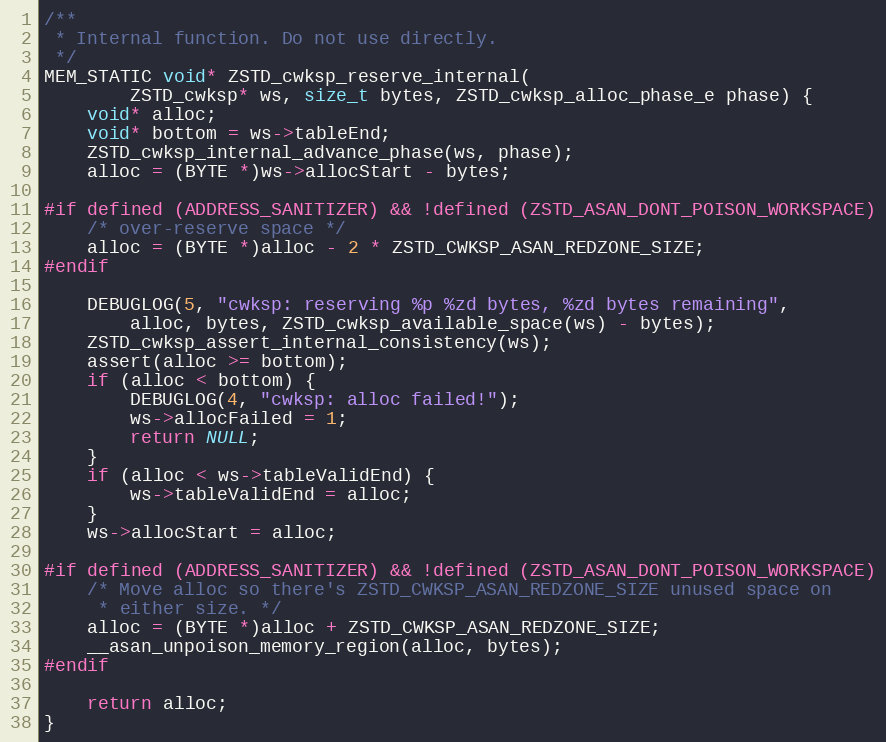
Language: C
/**
 * Internal function. Do not use directly.
 */
MEM_STATIC void* ZSTD_cwksp_reserve_internal(
        ZSTD_cwksp* ws, size_t bytes, ZSTD_cwksp_alloc_phase_e phase) {
    void* alloc;
    void* bottom = ws->tableEnd;
    ZSTD_cwksp_internal_advance_phase(ws, phase);
    alloc = (BYTE *)ws->allocStart - bytes;

#if defined (ADDRESS_SANITIZER) && !defined (ZSTD_ASAN_DONT_POISON_WORKSPACE)
    /* over-reserve space */
    alloc = (BYTE *)alloc - 2 * ZSTD_CWKSP_ASAN_REDZONE_SIZE;
#endif

    DEBUGLOG(5, "cwksp: reserving %p %zd bytes, %zd bytes remaining",
        alloc, bytes, ZSTD_cwksp_available_space(ws) - bytes);
    ZSTD_cwksp_assert_internal_consistency(ws);
    assert(alloc >= bottom);
    if (alloc < bottom) {
        DEBUGLOG(4, "cwksp: alloc failed!");
        ws->allocFailed = 1;
        return NULL;
    }
    if (alloc < ws->tableValidEnd) {
        ws->tableValidEnd = alloc;
    }
    ws->allocStart = alloc;

#if defined (ADDRESS_SANITIZER) && !defined (ZSTD_ASAN_DONT_POISON_WORKSPACE)
    /* Move alloc so there's ZSTD_CWKSP_ASAN_REDZONE_SIZE unused space on
     * either size. */
    alloc = (BYTE *)alloc + ZSTD_CWKSP_ASAN_REDZONE_SIZE;
    __asan_unpoison_memory_region(alloc, bytes);
#endif

    return alloc;
}